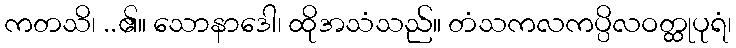
ကတသိ၊ ..၏။ သောနာဒေါ၊ ထိုအသံသည်။ တံသကလကပ္ပိလဝတ္ထုပုရံ၊